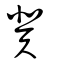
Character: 兾